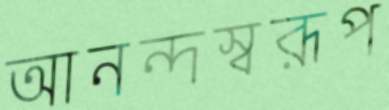
আনন্দস্বরূপ